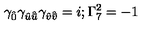
\gamma _ { \hat { 0 } } \gamma _ { { \hat { u } } { \hat { \bar { u } } } } \gamma _ { { \hat { v } } { \hat { \bar { v } } } } = i ; \Gamma _ { 7 } ^ { 2 } = - 1